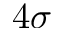
4 \sigma